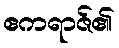
ဧကရာဇ်၏